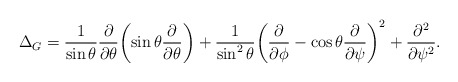
\begin{align*}\Delta_G =\frac1{\sin \theta} \frac{\partial}{\partial \theta}\biggl( \sin \theta \frac{\partial}{\partial \theta} \biggr)+\frac1{\sin^2 \theta}\biggl( \frac{\partial}{\partial \phi}- \cos \theta \frac{\partial}{\partial \psi} \biggr)^2+\frac{ \partial^2 }{ \partial \psi^2 }.\end{align*}